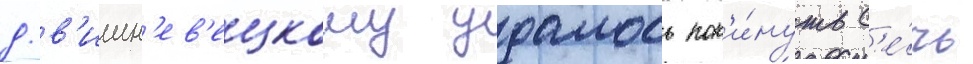
д.в'ишн'ев'ецкому удалось пок'и́нуть с'е́чь